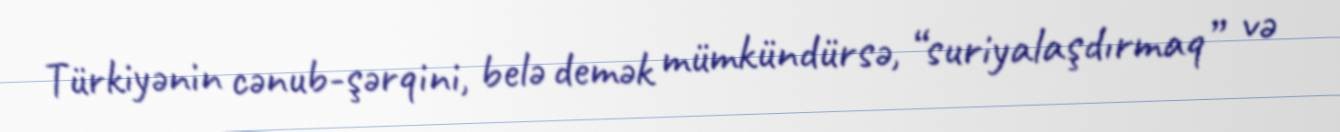
Türkiyənin cənub-şərqini, belə demək mümkündürsə, “suriyalaşdırmaq” və